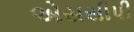
એસસીપી